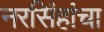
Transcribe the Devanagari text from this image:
नरसिंहांचा